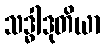
သဒ္ဓါဒုတိယာ